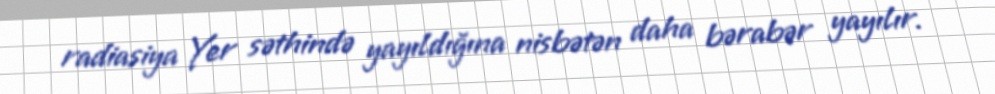
radiasiya Yer səthində yayıldığına nisbətən daha bərabər yayılır.